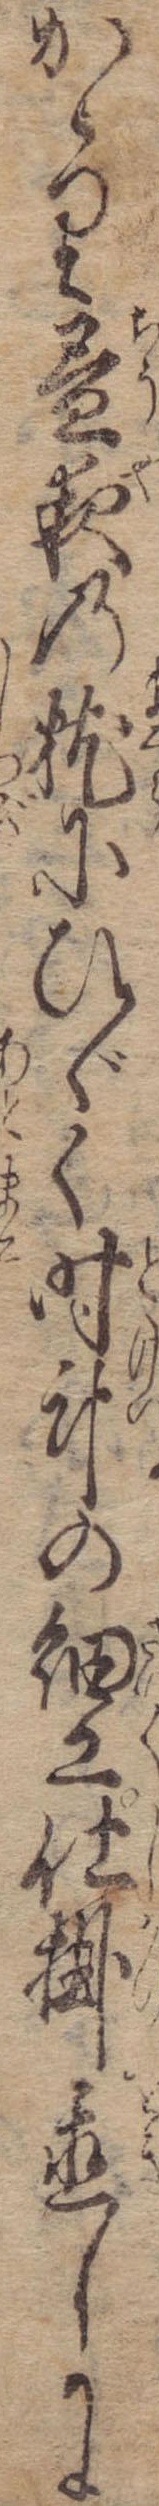
かゝり昼夜の枕にひゞく時計の細工仕掛置しに